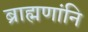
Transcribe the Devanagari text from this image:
ब्राह्मणांनि